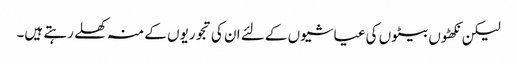
لیکن نکھٹوں بیٹوں کی عیاشیوں کے لئے ان کی تجوریوں کے منہ کھلے رہتے ہیں۔